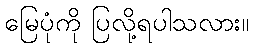
မြေပုံကို ပြလို့ရပါသလား။